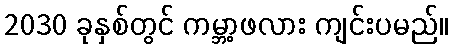
2030 ခုနှစ်တွင် ကမ္ဘာ့ဖလား ကျင်းပမည်။